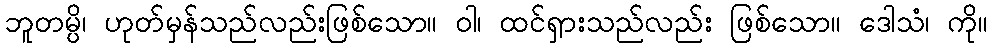
ဘူတမ္ပိ၊ ဟုတ်မှန်သည်လည်းဖြစ်သော။ ဝါ၊ ထင်ရှားသည်လည်း ဖြစ်သော။ ဒေါသံ၊ ကို။